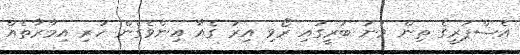
އެސްޕަރީގެ ތިން ވަނަ ބުރީގައި ރޯވި އިރު ގެއާ އިންވެގެން ހުރި އިމާރާތެއް